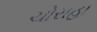
ચોરાહા